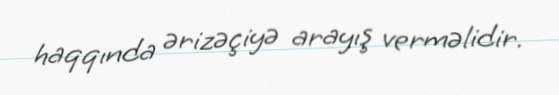
haqqında ərizəçiyə arayış verməlidir.